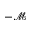
- \mathcal { M }